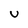
Character: U